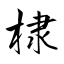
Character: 棣